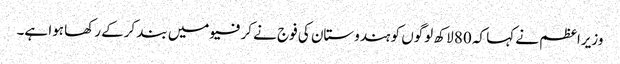
وزیراعظم نے کہا کہ 80 لاکھ لوگوں کو ہندوستان کی فوج نے کرفیو میں بند کرکے رکھا ہوا ہے۔